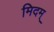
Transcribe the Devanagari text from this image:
मिदम्